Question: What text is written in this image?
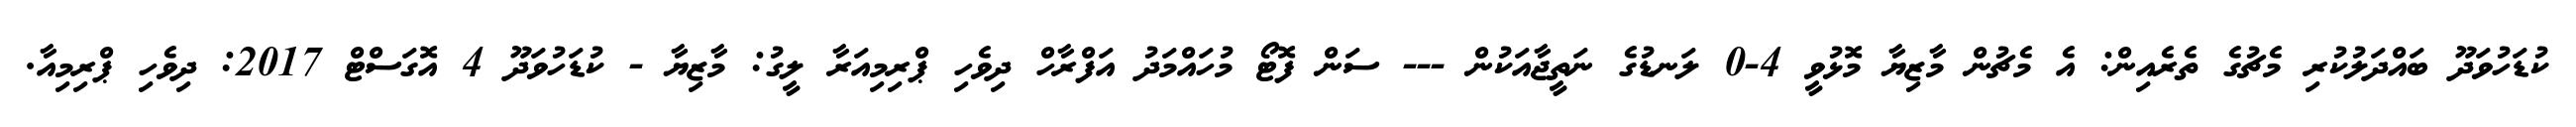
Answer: ކުޑަހުވަދޫ ބައްދަލުކުރި މެޗުގެ ތެރެއިން: އެ މެޗުން މާޒިޔާ މޮޅުވީ 4-0 ލަނޑުގެ ނަތީޖާއަކުން --- ސަން ފޮޓޯ މުހައްމަދު އަފްރާހް ދިވެހި ޕްރިމިއަރާ ލީގު: މާޒިޔާ - ކުޑަހުވަދޫ 4 އޮގަސްޓް 2017: ދިވެހި ޕްރިމިއާ.